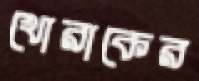
খোরাকের